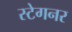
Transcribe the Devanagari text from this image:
स्टेगनर